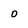
Character: O